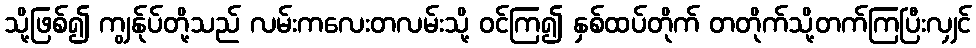
သို့ဖြစ်၍ ကျွန်ုပ်တို့သည် လမ်းကလေးတလမ်းသို့ ဝင်ကြ၍ နှစ်ထပ်တိုက် တတိုက်သို့တက်ကြပြီးလျှင်